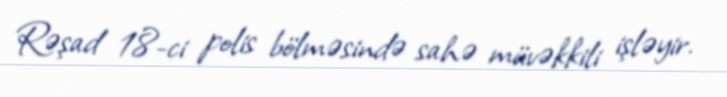
Rəşad 18-ci polis bölməsində sahə müvəkkili işləyir.